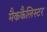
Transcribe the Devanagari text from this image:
मैककैलिस्टर